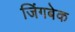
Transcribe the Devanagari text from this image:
जिंगबेक